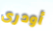
أودرى